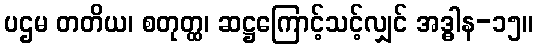
ပဌမ တတိယ၊ စတုတ္ထ၊ ဆဋ္ဌကြောင့်သင့်လျှင် အဒ္ဓါန-၁၅။